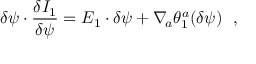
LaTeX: \delta \psi \cdot { \frac { \delta I _ { 1 } } { \delta \psi } } = E _ { 1 } \cdot \delta \psi + \nabla _ { \! a } \theta _ { 1 } ^ { a } ( \delta \psi ) \ \ ,